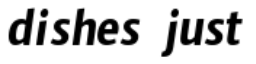
dishes just